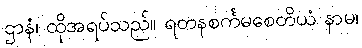
ဌာနံ၊ ထိုအရပ်သည်။ ရတနစင်္ကမစေတိယံ နာမ၊